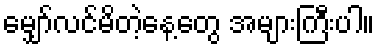
မျှော်လင်မိတဲ့နေ့တွေ အများကြီးပါ။